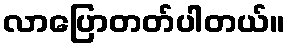
လာပြောတတ်ပါတယ်။